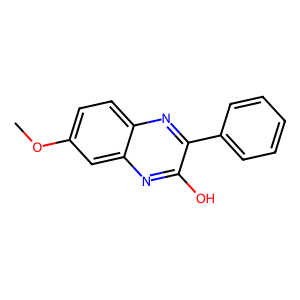
SMILES: COc1ccc2nc(-c3ccccc3)c(O)nc2c1
Inhibits HIV replication: No